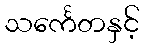
သင်္ကေတနှင့်